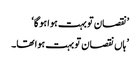
’نقصان تو بہت ہوا ہو گا‘
’ ہاں نقصان تو بہت ہوا تھا۔